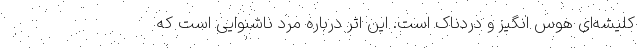
کلیشه‌ای هوس انگیز و دردناک است. این اثر درباره مرد ناشنوایی است که